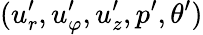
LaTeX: (u_{r}^{\prime},u_{\varphi}^{\prime},u_{z}^{\prime},p^{\prime},\theta^{\prime})